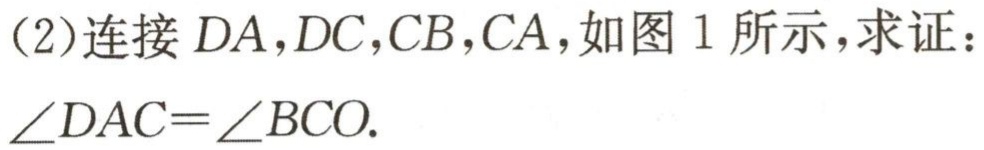
(2)连接 \(DA,DC,CB,CA\)，如图 1 所示，求证：\(\angle DAC = \angle BCO\).